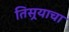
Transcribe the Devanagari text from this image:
तिसर्‍याचा